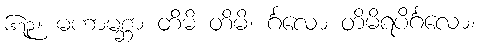
၆၇၃။ မဟာမစ္ဆာ တိမိ တိမိ၊ င်္ဂလော တိမိရပိင်္ဂလော။